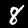
Label: 8